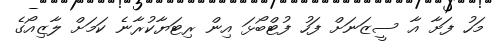
މަހު ފަށާ އާ ސީޒަނަށް ފަހު ފުޓްބޯޅަ އިން ރިޓަޔާކުރާނެ ކަމަށް ލާޒިއޯގެ